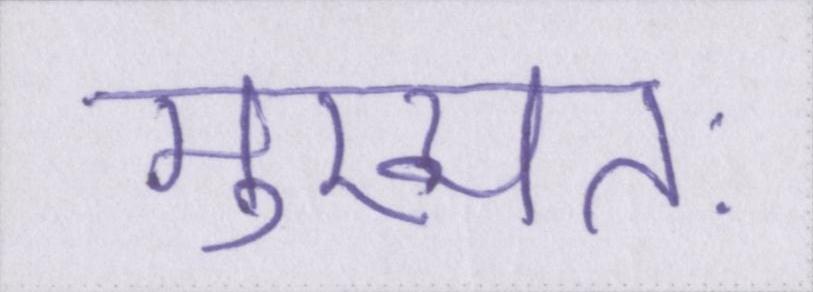
मुख्यतः